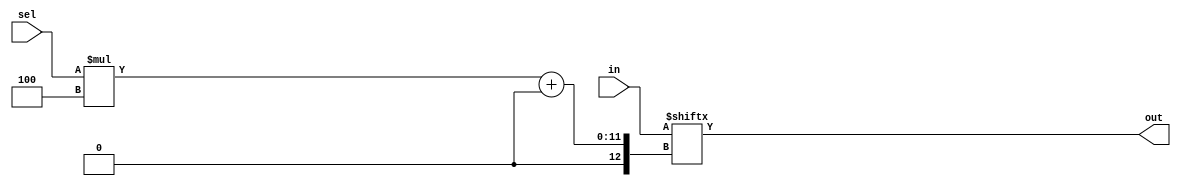
module top_module( 
    input [1023:0] in,
    input [7:0] sel,
    output [3:0] out );
	
    integer select;
    always @ (*) begin
        
        select = sel;
        out = in[sel*4 +: 4];
        
    end
    
endmodule